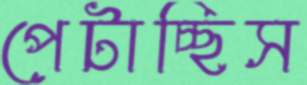
পেটাচ্ছিস